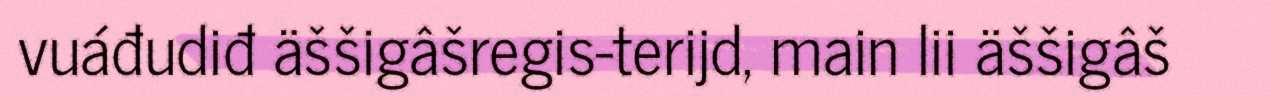
vuáđudiđ äššigâšregis-terijd, main lii äššigâš